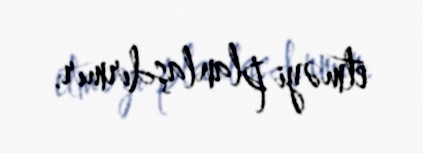
etməyi planlaşdırmır.